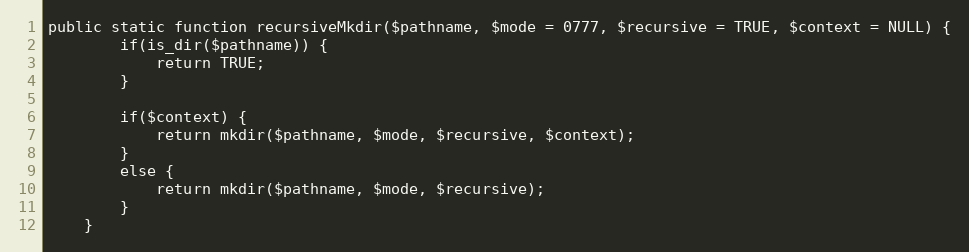
Language: PHP
public static function recursiveMkdir($pathname, $mode = 0777, $recursive = TRUE, $context = NULL) {
        if(is_dir($pathname)) {
            return TRUE;
        }

        if($context) {
            return mkdir($pathname, $mode, $recursive, $context);
        }
        else {
            return mkdir($pathname, $mode, $recursive);
        }
    }